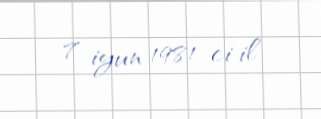
7 iyun 1981-ci il